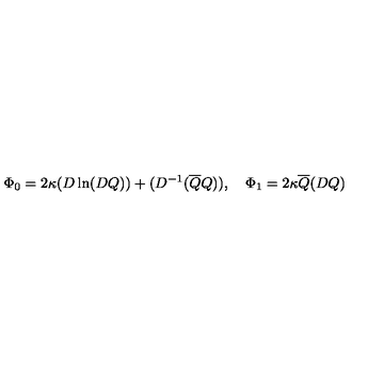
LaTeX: \Phi _ { 0 } = 2 \kappa ( D \ln ( D Q ) ) + ( D ^ { - 1 } ( \overline { { Q } } Q ) ) , \quad \Phi _ { 1 } = 2 \kappa \overline { { Q } } ( D Q )